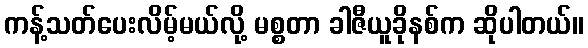
ကန့်သတ်ပေးလိမ့်မယ်လို့ မစ္စတာ ခါဇီယူခိုနစ်က ဆိုပါတယ်။